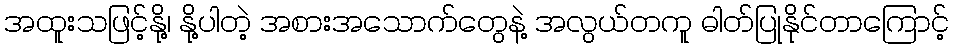
အထူးသဖြင့်နို့၊ နို့ပါတဲ့ အစားအသောက်တွေနဲ့ အလွယ်တကူ ဓါတ်ပြုနိုင်တာကြောင့်